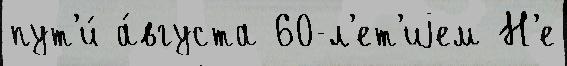
пут'и́ а́вгуста 60-л'ет'иjем Н'е